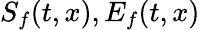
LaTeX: S_{f}(t,x),E_{f}(t,x)